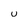
Character: U